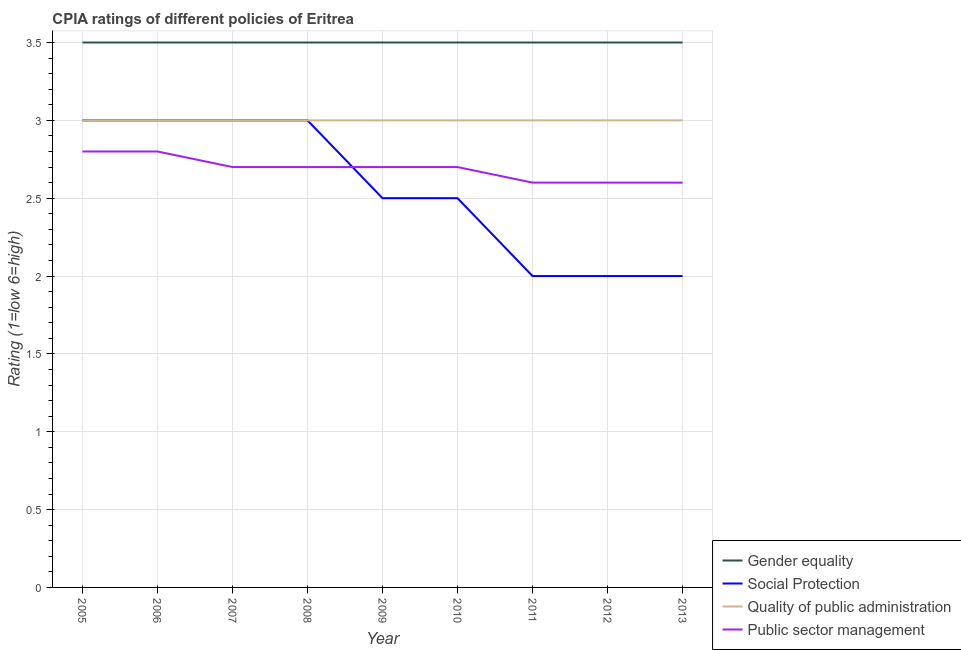
| Year | Gender equality | Social Protection | Quality of public administration | Public sector management |
 | --- | --- | --- | --- | --- |
 | 2005 | 3.5 | 3 | 3 | 2.8 |
 | 2006 | 3.5 | 3 | 3 | 2.8 |
 | 2007 | 3.5 | 3 | 3 | 2.7 |
 | 2008 | 3.5 | 3 | 3 | 2.7 |
 | 2009 | 3.5 | 2.5 | 3 | 2.7 |
 | 2010 | 3.5 | 2.5 | 3 | 2.7 |
 | 2011 | 3.5 | 2 | 3 | 2.6 |
 | 2012 | 3.5 | 2 | 3 | 2.6 |
 | 2013 | 3.5 | 2 | 3 | 2.6 |